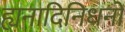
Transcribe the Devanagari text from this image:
ह्यनादिनिधनो